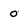
Character: 0